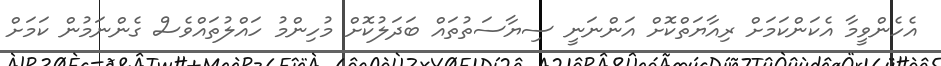
އެހެންވީމާ އެކަންކަމަށް ރިއާޔަތްކޮށް އަންނަނީ ސިޔާސަތުތައް ބަދަލުކޮށް މުހިންމު ހައްލުތައްވެސް ގެންނަމުން ކަމަށް